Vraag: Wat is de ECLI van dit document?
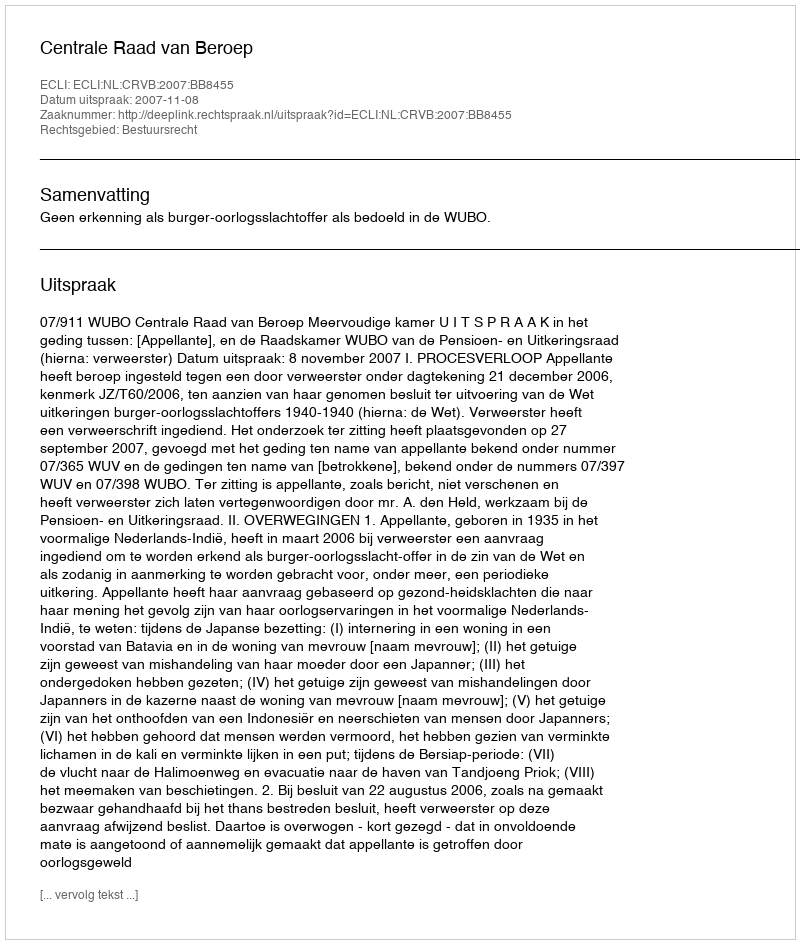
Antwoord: ECLI:NL:CRVB:2007:BB8455